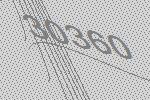
30360